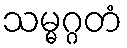
သမ္မဂ္ဂတံ